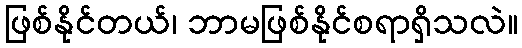
ဖြစ်နိုင်တယ်၊ ဘာမဖြစ်နိုင်စရာရှိသလဲ။